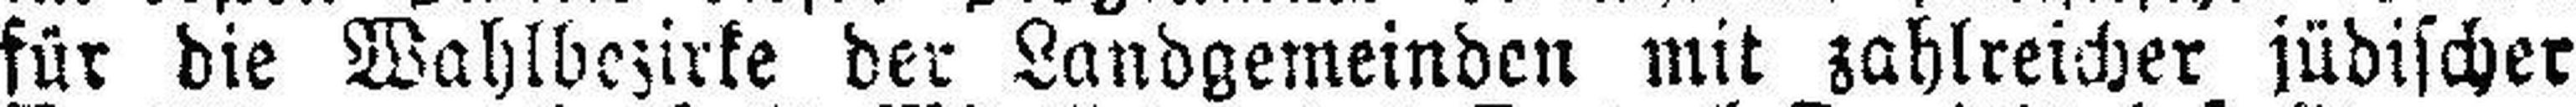
für die Wahlbezirke der Landgemeinden mit zahlreicher jüdischer